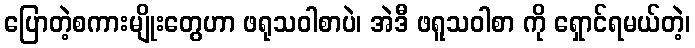
ပြောတဲ့စကားမျိုးတွေဟာ ဖရုသဝါစာပဲ၊ အဲဒီ ဖရူသဝါစာ ကို ရှောင်ရမယ်တဲ့၊